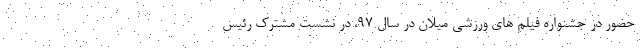
حضور در جشنواره فیلم های ورزشی میلان در سال 97، در نشست مشترک رئیس